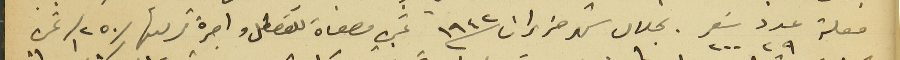
فعلة عدد ٢٩ سَعر ٢٠٠ بخلال شهر حزيران سنه ١٩٤٢ ثمن مصفاة للقصطل واجرة تركيبها /٢٥٠/ ثمن